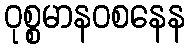
ဝုစ္စမာနဝစနေန